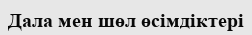
Дала мен шөл өсімдіктері